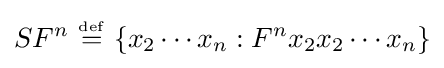
SF^{n}\ {\overset {\underset {\mathrm {def} }{}}{=}}\ \{x_{2}\cdots x_{n}:F^{n}x_{2}x_{2}\cdots x_{n}\}